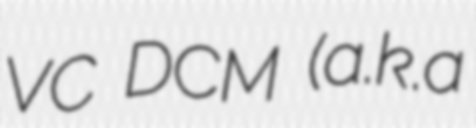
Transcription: VC DCM (a.k.a